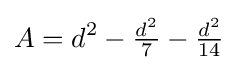
A=d^{2}-{\tfrac {d^{2}}{7}}-{\tfrac {d^{2}}{14}}